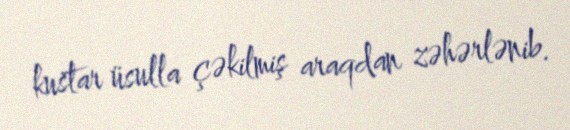
kustar üsulla çəkilmiş araqdan zəhərlənib.